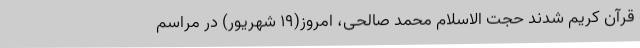
قرآن کریم شدند حجت الاسلام محمد صالحی، امروز(19 شهریور) در مراسم